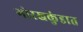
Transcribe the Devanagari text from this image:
गोरखकुंडात